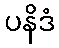
ပနိဒံ